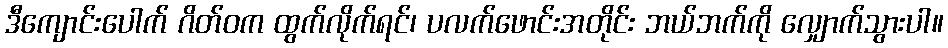
ဒီကျောင်းပေါက် ဂိတ်ဝက ထွက်လိုက်ရင်၊ ပလက်ဖောင်းအတိုင်း ဘယ်ဘက်ကို လျှောက်သွားပါ။